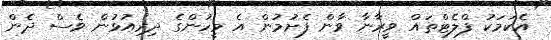
އެކަމަކު ފްލެޓްތައް ވީރާނާ ވާން ފެށުމުން އެ މީހުންގެ ދިރިއުޅުން ވެސް ދެން